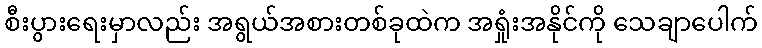
စီးပွားရေးမှာလည်း အရွယ်အစားတစ်ခုထဲက အရှုံးအနိုင်ကို သေချာပေါက်